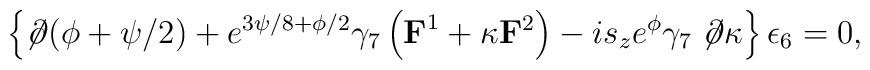
\left\{ \not\!\partial (\phi+\psi/2) + e^{3\psi/8+\phi/2}\gamma_7 \left( {\bf F}^1 + \kappa {\bf F}^2 \right) - i s_ze^\phi \gamma_7 \not\!\partial \kappa \right\} \epsilon_6 = 0,